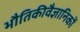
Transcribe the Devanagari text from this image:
भौतिकीवैज्ञानिकों